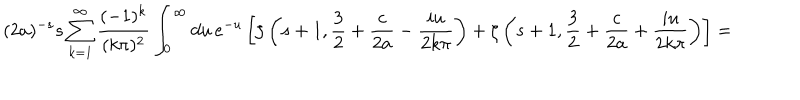
LaTeX: ( 2 a ) ^ { - s } s \sum _ { k = 1 } ^ { \infty } \frac { ( - 1 ) ^ { k } } { ( k \pi ) ^ { 2 } } \int _ { 0 } ^ { \infty } d u \, e ^ { - u } \left[ \zeta \left( s + 1 , \frac 3 2 + \frac { c } { 2 a } - \frac { i u } { 2 k \pi } \right) + \zeta \left( s + 1 , \frac 3 2 + \frac { c } { 2 a } + \frac { i u } { 2 k \pi } \right) \right] =